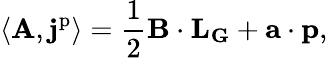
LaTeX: \langle\mathbf{A},\mathbf{j}^{\mathrm{p}}\rangle=\frac{1}{2}\mathbf{B}\cdot\mathbf{L}_{\mathbf{G}}+\mathbf{a}\cdot\mathbf{p},